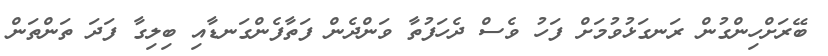
ބޭރަށްހިންގުން ރަނގަޅުވުމަށް ފަހު ވެސް ދެހަފުތާ ވަންދެން ފަތާފެންގަނޑާއި ބިލިގާ ފަދަ ތަންތަން